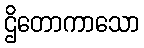
ဌိတောကာသော